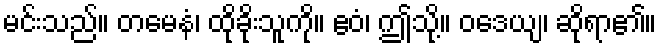
မင်းသည်။ တမေနံ၊ ထိုခိုးသူကို။ ဧဝံ၊ ဤသို့။ ဝဒေယျ၊ ဆိုရာ၏။